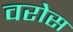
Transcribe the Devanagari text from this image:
वरोस